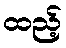
ထည့်